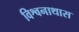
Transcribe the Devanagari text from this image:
विश्वनाथास